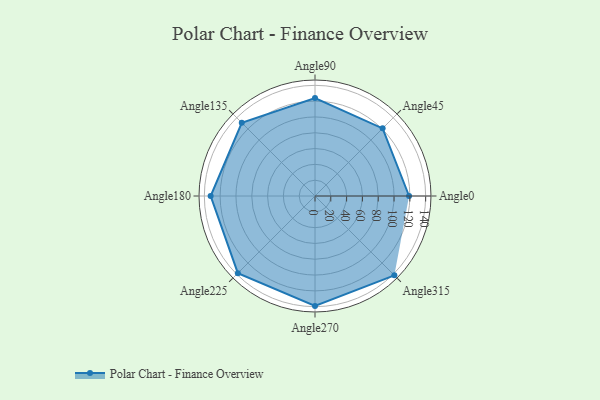
{"axis": {"x": "Angle", "y": "Radius"}, "legend": [""], "data": [{"x": "Angle0", "y": 119.0, "type": ""}, {"x": "Angle45", "y": 121.0, "type": ""}, {"x": "Angle90", "y": 124.0, "type": ""}, {"x": "Angle135", "y": 131.0, "type": ""}, {"x": "Angle180", "y": 132.0, "type": ""}, {"x": "Angle225", "y": 138.0, "type": ""}, {"x": "Angle270", "y": 139.0, "type": ""}, {"x": "Angle315", "y": 142.0, "type": ""}]}